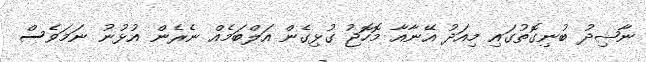
ނާޝިދު ބުނިގޮތުގައި މިއަދު އޭނާއާ މޮހޮޖު ގުޅިގެން އަލްބަމެއް ނެރެން އުޅުނު ނަމަވެސް